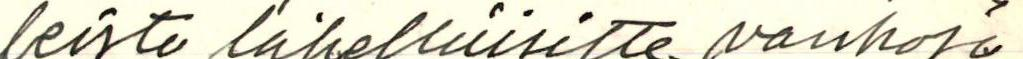
leista lähelläisitte vanhoja